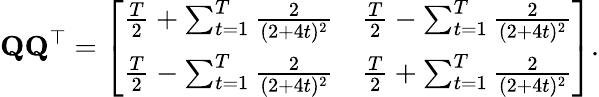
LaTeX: \mathbf{Q}\mathbf{Q}^{\top}=\left[\begin{array}{ll}{\frac{T}{2}+\sum_{t=1}^{T}\frac{2}{(2+4t)^{2}}}&{\frac{T}{2}-\sum_{t=1}^{T}\frac{2}{(2+4t)^{2}}}\\ {\frac{T}{2}-\sum_{t=1}^{T}\frac{2}{(2+4t)^{2}}}&{\frac{T}{2}+\sum_{t=1}^{T}\frac{2}{(2+4t)^{2}}}\end{array}\right].